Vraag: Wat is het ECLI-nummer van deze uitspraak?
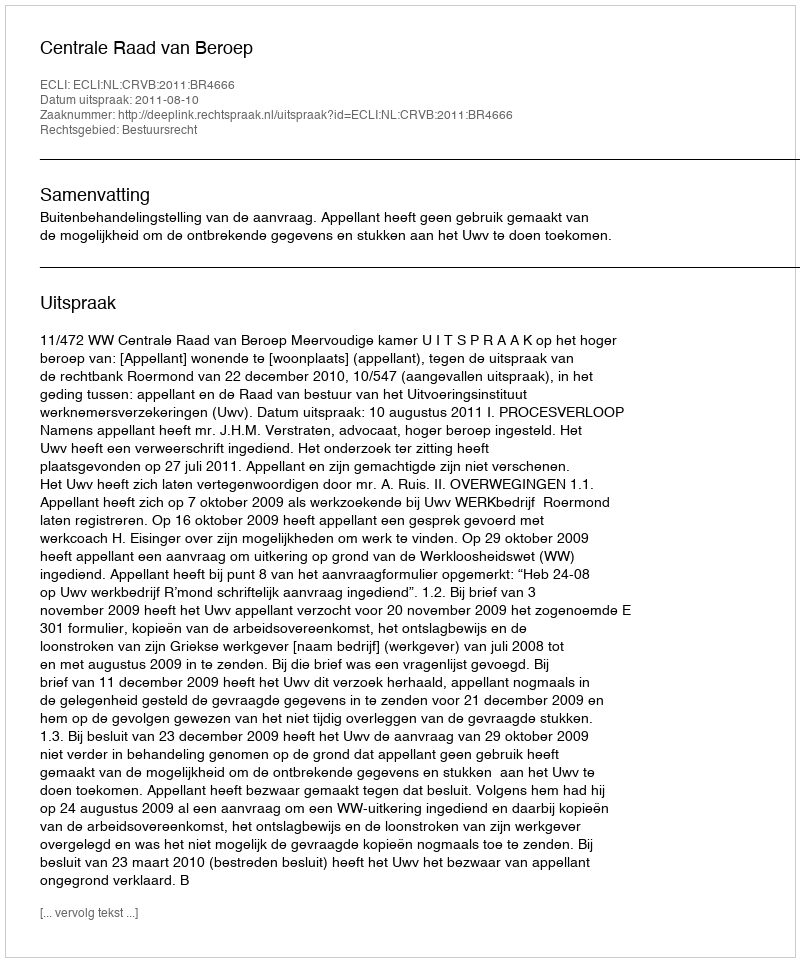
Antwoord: ECLI:NL:CRVB:2011:BR4666